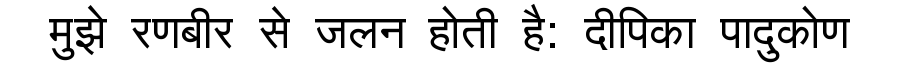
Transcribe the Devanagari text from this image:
मुझे रणबीर से जलन होती है: दीपिका पादुकोण